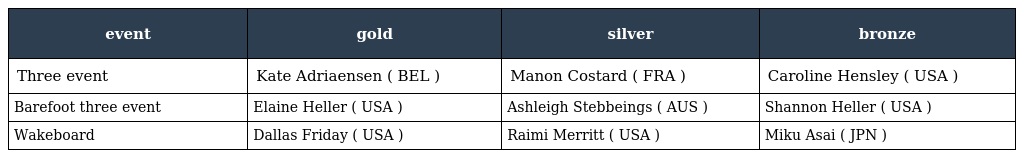
| event | gold | silver | bronze |
 | --- | --- | --- | --- |
 | Three event | Kate Adriaensen ( BEL ) | Manon Costard ( FRA ) | Caroline Hensley ( USA ) |
 | Barefoot three event | Elaine Heller ( USA ) | Ashleigh Stebbeings ( AUS ) | Shannon Heller ( USA ) |
 | Wakeboard | Dallas Friday ( USA ) | Raimi Merritt ( USA ) | Miku Asai ( JPN ) |